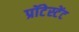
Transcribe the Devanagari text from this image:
प्रॉटेस्टेंट